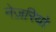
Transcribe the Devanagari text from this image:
नेज़रियो